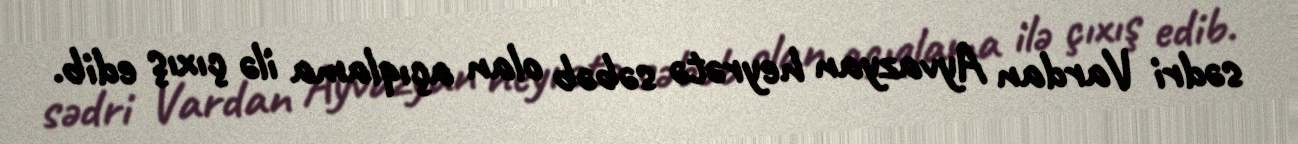
sədri Vardan Ayvazyan heyrətə səbəb olan açıqlama ilə çıxış edib.